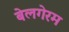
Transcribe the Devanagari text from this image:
बेलगेरम